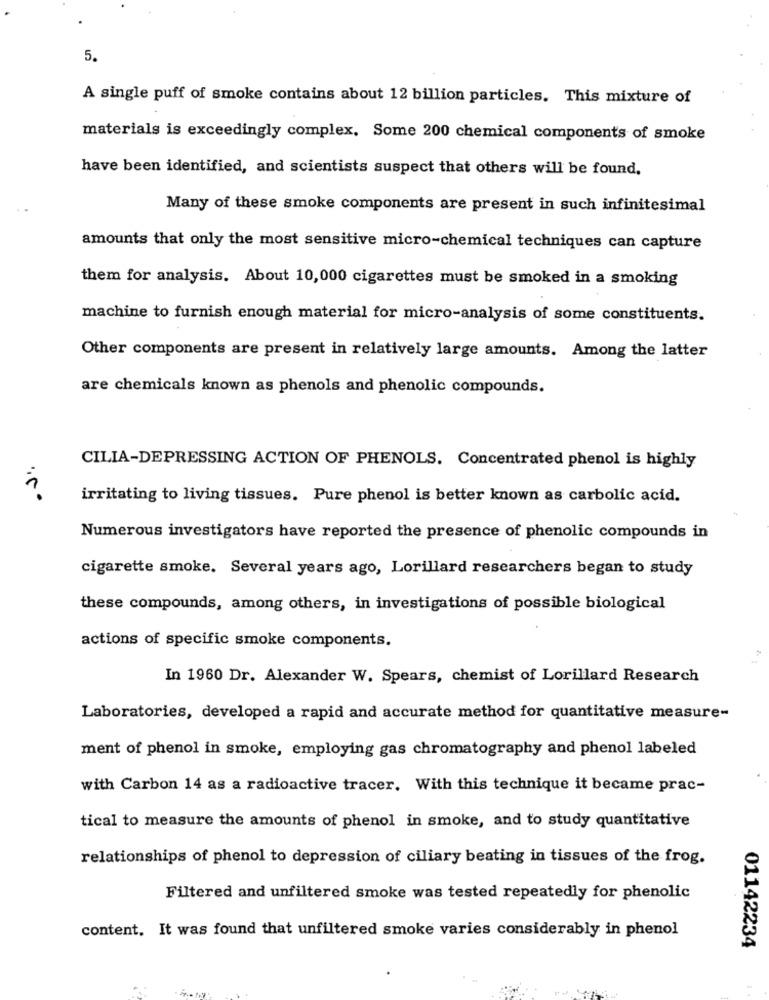
5.
A single puff of smoke contains about 12 billion particles. This mixture of
materials is exceedingly complex. Some 200 chemical components of smoke
have been identified, and scientists suspect that others will be found.
Many of these smoke components are present in such infinitesimal
amounts that only the most sensitive micro-chemical techniques can capture
them for analysis. About 10,000 cigarettes must be smoked in a smoking
machine to furnish enough material for micro-analysis of some constituents.
Other components are present in relatively large amounts. Among the latter
are chemicals known as phenols and phenolic compounds.
CILIA-DEPRESSING ACTION OF PHENOLS. Concentrated phenol is highly
irritating to living tissues. Pure phenol is better known as carbolic acid.
Numerous investigators have reported the presence of phenolic compounds in
cigarette smoke. Several years ago, Lorillard researchers began to study
these compounds, among others, in investigations of possible biological
actions of specific smoke components.
In 1960 Dr. Alexander W. Spears, chemist of Lorillard Research
Laboratories, developed a rapid and accurate method for quantitative measure-
ment of phenol in smoke, employing gas chromatography and phenol labeled
with Carbon 14 as a radioactive tracer. With this technique it became prac-
tical to measure the amounts of phenol in smoke, and to study quantitative
relationships of phenol to depression of ciliary beating in tissues of the frog.
Filtered and unfiltered smoke was tested repeatedly for phenolic
content. It was found that unfiltered smoke varies considerably in phenol
01142234